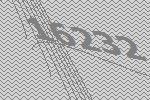
16232